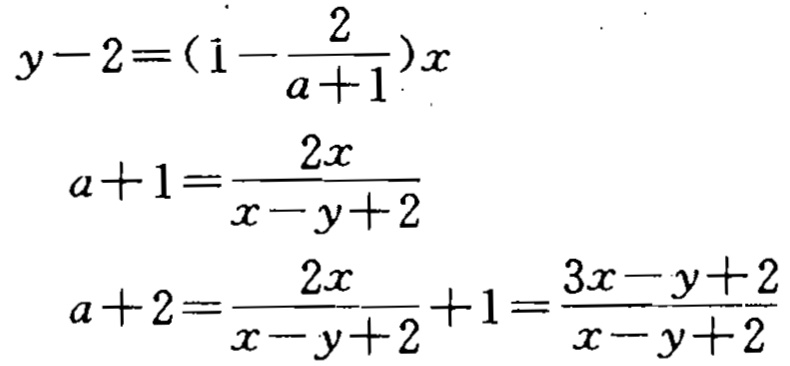
\[
\begin{align*}
y - 2&=(1-\frac{2}{a + 1})x\\
a + 1&=\frac{2x}{x - y + 2}\\
a + 2&=\frac{2x}{x - y + 2}+1=\frac{3x - y + 2}{x - y + 2}
\end{align*}
\]